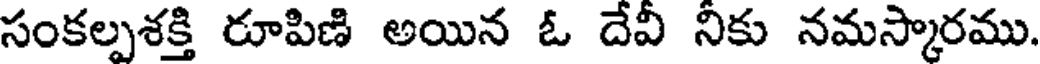
సంకల్పశక్తి రూపిణి అయిన ఓ దేవి నికు నమస్కారము.